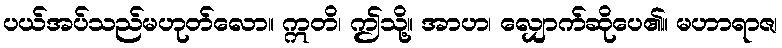
ပယ်အပ်သည်မဟုတ်လော။ ဣတိ၊ ဤသို့။ အာဟ၊ လျှောက်ဆိုပေ၏။ မဟာရာဇ၊